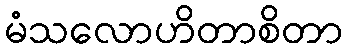
မံသလောဟိတာစိတာ